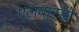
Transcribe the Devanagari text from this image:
एलवारडो